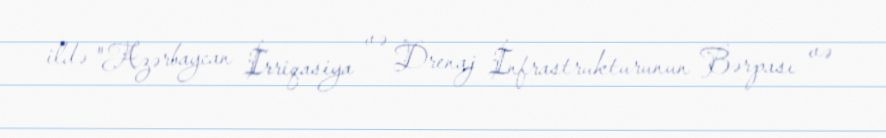
ildə "Azərbaycan İrriqasiya və Drenaj İnfrastrukturunun Bərpası və